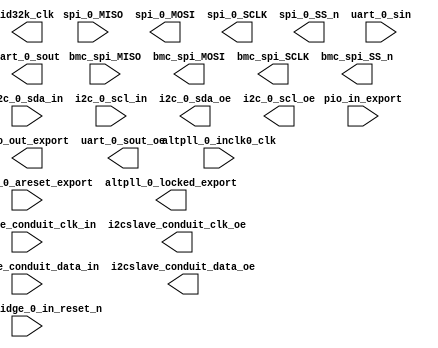

module sopc_top (
	altpll_0_areset_export,
	altpll_0_inclk0_clk,
	altpll_0_locked_export,
	bmc_spi_MISO,
	bmc_spi_MOSI,
	bmc_spi_SCLK,
	bmc_spi_SS_n,
	i2c_0_sda_in,
	i2c_0_scl_in,
	i2c_0_sda_oe,
	i2c_0_scl_oe,
	i2cslave_conduit_data_in,
	i2cslave_conduit_clk_in,
	i2cslave_conduit_data_oe,
	i2cslave_conduit_clk_oe,
	id32k_clk,
	pio_in_export,
	pio_out_export,
	reset_bridge_0_in_reset_n,
	spi_0_MISO,
	spi_0_MOSI,
	spi_0_SCLK,
	spi_0_SS_n,
	uart_0_sin,
	uart_0_sout,
	uart_0_sout_oe);	

	input		altpll_0_areset_export;
	input		altpll_0_inclk0_clk;
	output		altpll_0_locked_export;
	input		bmc_spi_MISO;
	output		bmc_spi_MOSI;
	output		bmc_spi_SCLK;
	output		bmc_spi_SS_n;
	input		i2c_0_sda_in;
	input		i2c_0_scl_in;
	output		i2c_0_sda_oe;
	output		i2c_0_scl_oe;
	input		i2cslave_conduit_data_in;
	input		i2cslave_conduit_clk_in;
	output		i2cslave_conduit_data_oe;
	output		i2cslave_conduit_clk_oe;
	output		id32k_clk;
	input	[31:0]	pio_in_export;
	output	[31:0]	pio_out_export;
	input		reset_bridge_0_in_reset_n;
	input		spi_0_MISO;
	output		spi_0_MOSI;
	output		spi_0_SCLK;
	output		spi_0_SS_n;
	input		uart_0_sin;
	output		uart_0_sout;
	output		uart_0_sout_oe;
endmodule